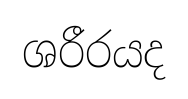
ශරීරයද